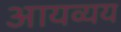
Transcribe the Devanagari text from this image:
आयव्यय